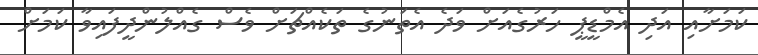
ކަމަށާއި އަދި އެމްޑީޕީ ހަރުގެއަށް ވަދެ އެތަނުގެ ތަކެއްޗަށް ވެސް ގެއްލުންދީފައިވާ ކަމަށް